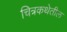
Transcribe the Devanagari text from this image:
चित्रकथेतील